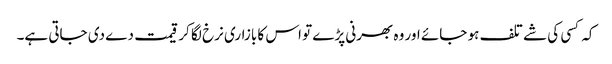
کہ کسی کی شے تلف ہو جائے اور وہ بھرنی پڑے تو اس کا بازاری نرخ لگا کر قیمت دے دی جاتی ہے۔